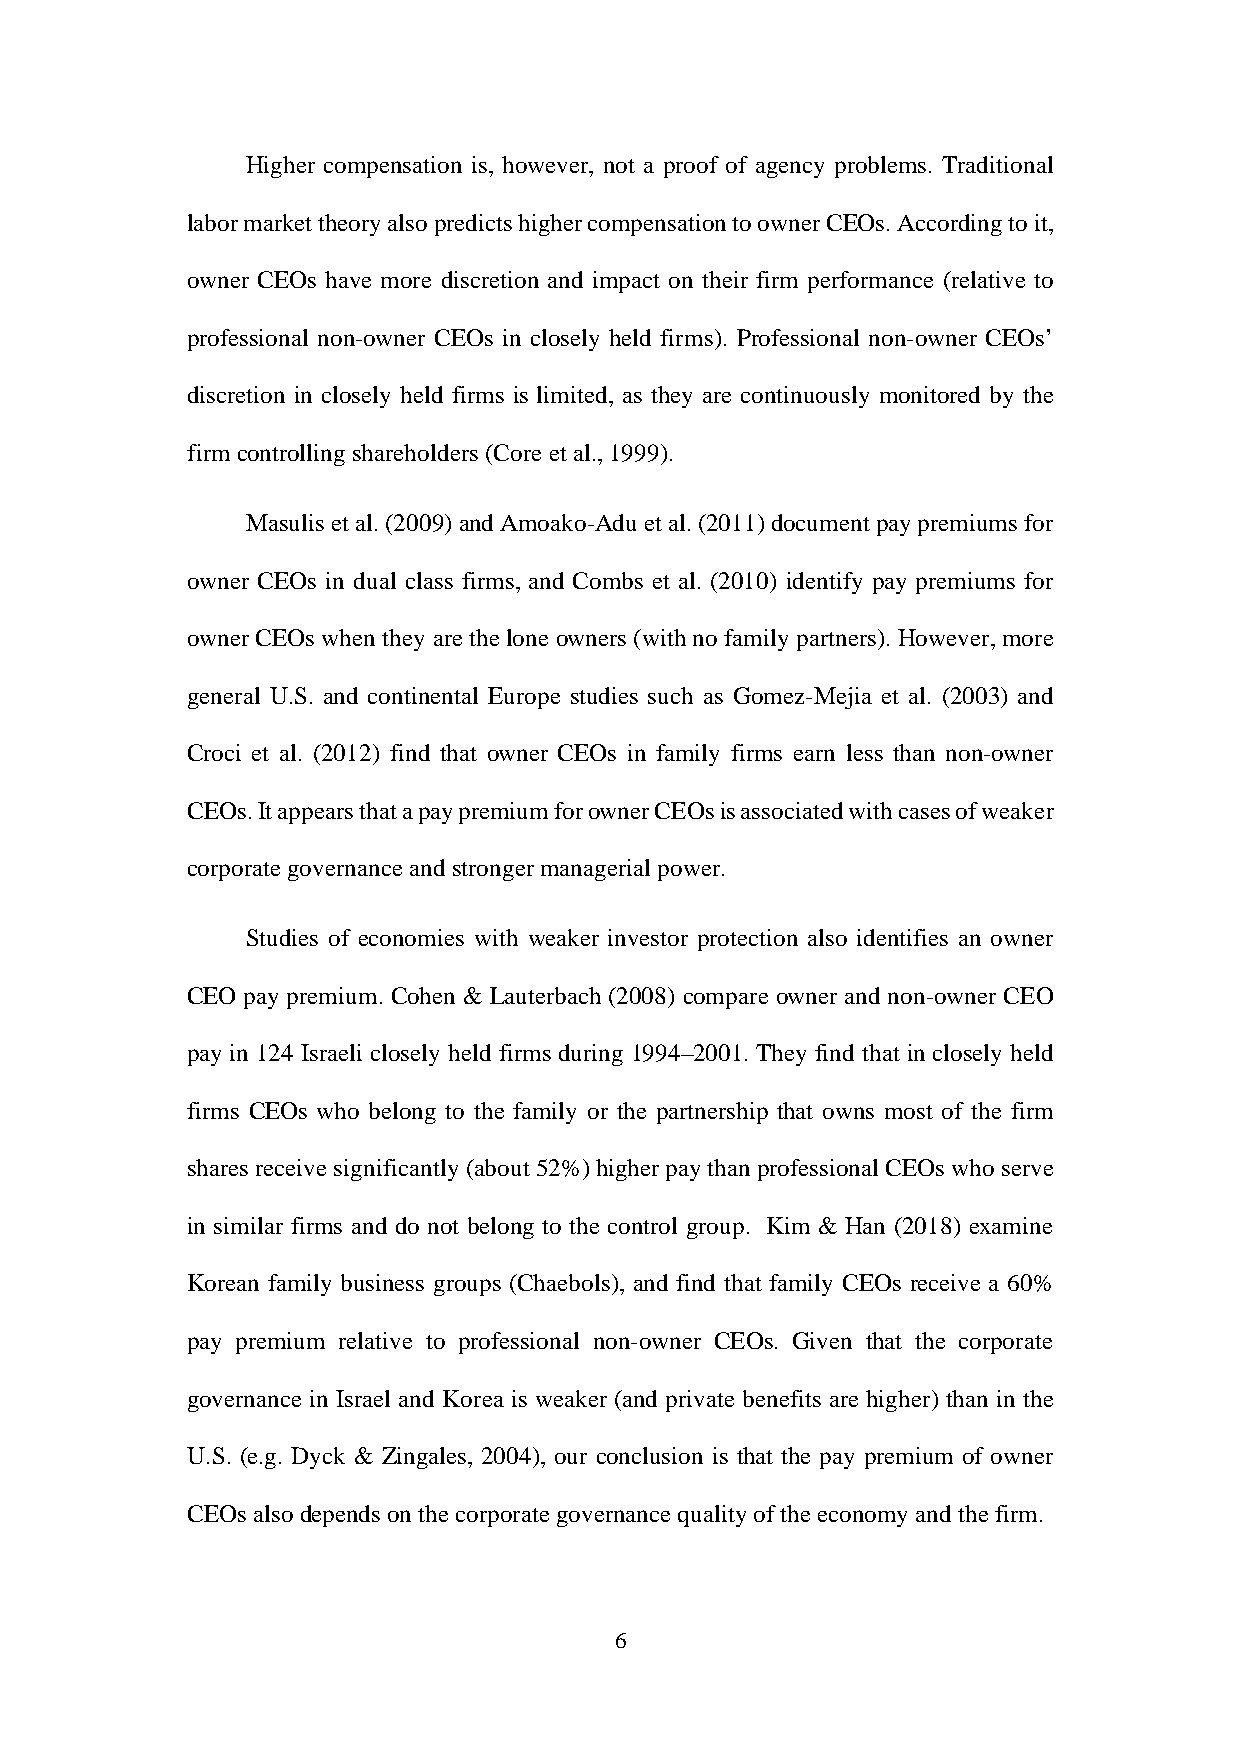
Higher compensation is, however, not a proof of agency problems. Traditional
 labor market theory also predicts higher compensation to owner CEOs. According to it,
 owner CEOs have more discretion and impact on their firm performance (relative to
 professional non-owner CEOs in closely held firms). Professional non-owner CEOs’
 discretion in closely held firms is limited, as they are continuously monitored by the
 firm controlling shareholders (Core et al., 1999).
 Masulis et al. (2009) and Amoako-Adu et al. (2011) document pay premiums for
 owner CEOs in dual class firms, and Combs et al. (2010) identify pay premiums for
 owner CEOs when they are the lone owners (with no family partners). However, more
 general U.S. and continental Europe studies such as Gomez-Mejia et al. (2003) and
 Croci et al. (2012) find that owner CEOs in family firms earn less than non-owner
 CEOs. It appears that a pay premium for owner CEOs is associated with cases of weaker
 corporate governance and stronger managerial power.
 Studies of economies with weaker investor protection also identifies an owner
 CEO pay premium. Cohen & Lauterbach (2008) compare owner and non-owner CEO
 pay in 124 Israeli closely held firms during 1994–2001. They find that in closely held
 firms CEOs who belong to the family or the partnership that owns most of the firm
 shares receive significantly (about 52%) higher pay than professional CEOs who serve
 in similar firms and do not belong to the control group. Kim & Han (2018) examine
 Korean family business groups (Chaebols), and find that family CEOs receive a 60%
 pay premium relative to professional non-owner CEOs. Given that the corporate
 governance in Israel and Korea is weaker (and private benefits are higher) than in the
 U.S. (e.g. Dyck & Zingales, 2004), our conclusion is that the pay premium of owner
 CEOs also depends on the corporate governance quality of the economy and the firm.
 6